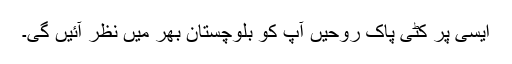
ایسی پر کٹی پاک روحیں آپ کو بلوچستان بھر میں نظر آئیں گی۔